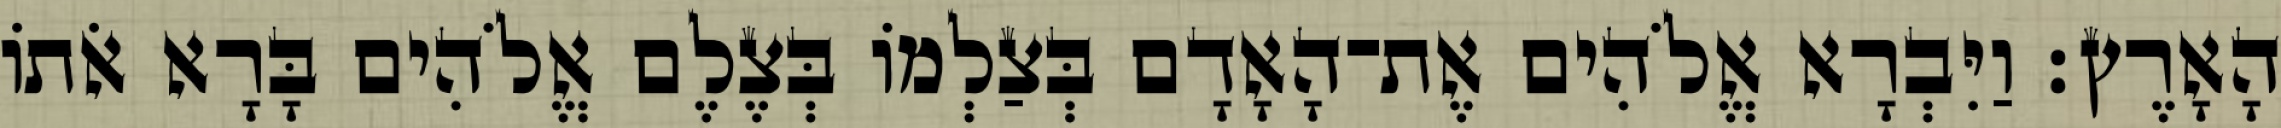
הָאָרֶץ׃ וַיִּבְרָא אֱלֹהִים אֶת־הָאָדָם בְּצַלְמֹו בְּצֶלֶם אֱלֹהִים בָּרָא אֹתֹו